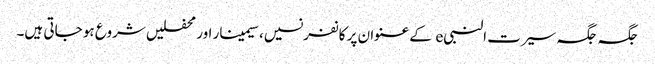
جگہ جگہ سیرت النبیe کے عنوان پر کانفرنسیں، سیمینار اور محفلیں شروع ہو جاتی ہیں۔